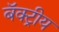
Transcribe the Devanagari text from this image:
बॅक्ट्रीय